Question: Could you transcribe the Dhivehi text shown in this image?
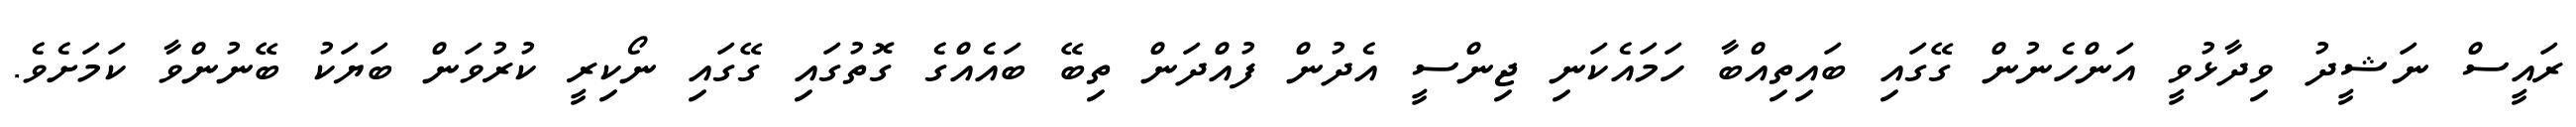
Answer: ރައީސް ނަޝީދު ވިދާޅުވީ އަންހެނުން ގޭގައި ބައިތިއްބާ ހަމައެކަނި ޖިންސީ އެދުން ފުއްދަން ތިބޭ ބައެއްގެ ގޮތުގައި ގޭގައި ނޯކިރީ ކުރުވަން ބަޔަކު ބޭނުންވާ ކަމަށެވެ.